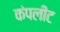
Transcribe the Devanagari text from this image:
कंपलीट